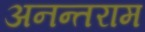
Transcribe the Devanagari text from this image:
अनन्तराम